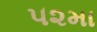
૫૨મા